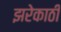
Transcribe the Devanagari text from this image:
झरेकाठी